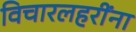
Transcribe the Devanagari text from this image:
विचारलहरींना